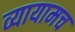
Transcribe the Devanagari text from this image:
व्यायामच